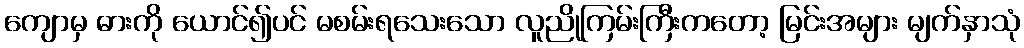
ကျောမှ ဓားကို ယောင်၍ပင် မစမ်းရသေးသော လူညိုကြမ်းကြီးကတော့ မြင်းအများ မျက်နှာသုံ